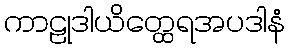
ကာဠုဒါယိတ္ထေရအပဒါနံ